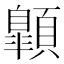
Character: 𩕍